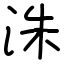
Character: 洙